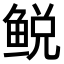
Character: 𫚛